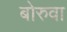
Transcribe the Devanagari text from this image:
बोरुवा